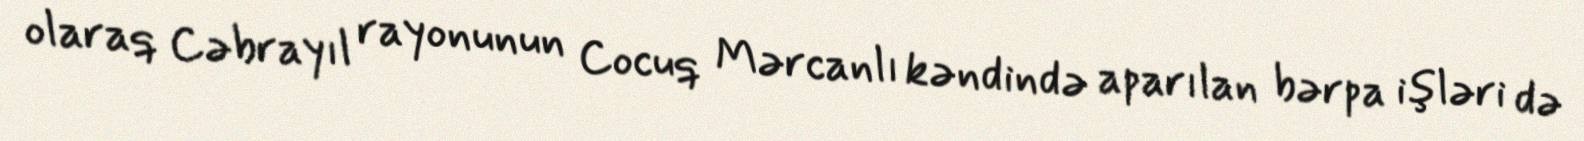
olaraq Cəbrayıl rayonunun Cocuq Mərcanlı kəndində aparılan bərpa işləri də